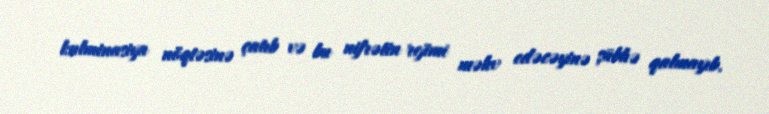
kulminasiya nöqtəsinə çatıb və bu nifrətin rejimi məhv edəcəyinə şübhə qalmayıb.